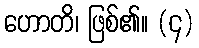
ဟောတိ၊ ဖြစ်၏။ (၄)